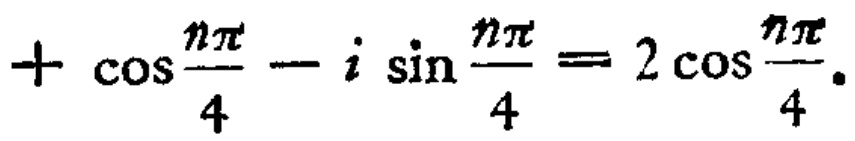
$+ \cos\frac{n\pi}{4}-i\sin\frac{n\pi}{4}=2\cos\frac{n\pi}{4}.$